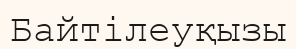
Байтілеуқызы